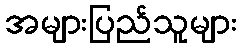
အများပြည်သူများ